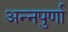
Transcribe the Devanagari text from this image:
अन्‍नपुर्णा